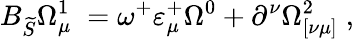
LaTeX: B_{\widetilde{S}}\Omega_{\mu\; }^{1}=\omega^{+}\varepsilon_{\mu}^{+}\Omega^{0}+\partial^{\nu}\Omega_{[\nu\mu]}^{2}\; ,